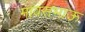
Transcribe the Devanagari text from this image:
मावसभाऊ